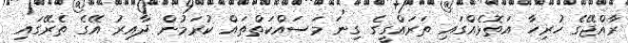
ރާއްޖޭގެ ހުރިހާ އަތޮޅެއްގައި ތަރައްގީގެ ގިނަ މަސައްކަތްތައް ކުރަމުން ދާއިރު އޭގެ ތެރޭގައި